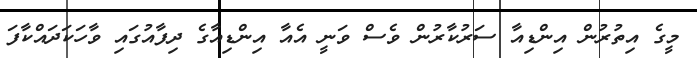
މީގެ އިތުރުން އިންޑިއާ ސަރުކާރުން ވެސް ވަނީ އެއާ އިންޑިއާގެ ދިފާއުގައި ވާހަކަދައްކާފަ